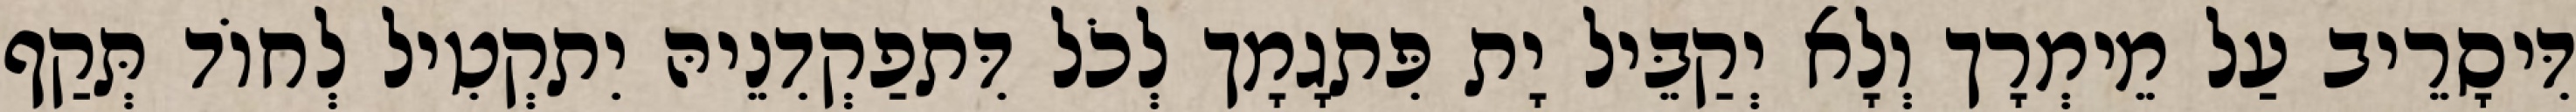
דִּיסָרֵיב עַל מֵימְרָך וְלָא יְקַבֵּיל יָת פִּתגָמָך לְכֹל דִּתפַקְדִנֵיהּ יִתקְטִיל לְחוֹד תְּקַף